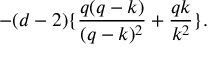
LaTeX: - ( d - 2 ) \{ \frac { q ( q - k ) } { ( q - k ) ^ { 2 } } + \frac { q k } { k ^ { 2 } } \} .